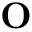
\mathbf { O }